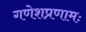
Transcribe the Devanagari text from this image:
गणेशप्रणामः